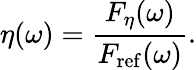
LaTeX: \eta(\omega)=\frac{F_{\eta}(\omega)}{F_{\mathrm{ref}}(\omega)}.